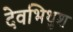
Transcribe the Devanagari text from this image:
देवभिथुश